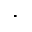
\cdot